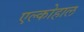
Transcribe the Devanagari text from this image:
एल्कोहाल